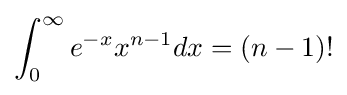
\int _{0}^{\infty }e^{-x}x^{n-1}dx=(n-1)!